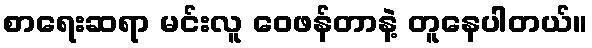
စာရေးဆရာ မင်းလူ ဝေဖန်တာနဲ့ တူနေပါတယ်။